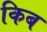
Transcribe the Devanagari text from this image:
किब